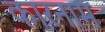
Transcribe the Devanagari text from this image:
कारनाम